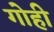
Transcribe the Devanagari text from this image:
गोही